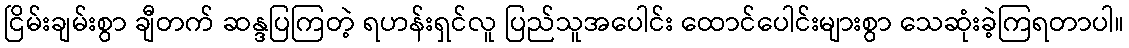
ငြိမ်းချမ်းစွာ ချီတက် ဆန္ဒပြကြတဲ့ ရဟန်းရှင်လူ ပြည်သူအပေါင်း ထောင်ပေါင်းများစွာ သေဆုံးခဲ့ကြရတာပါ။